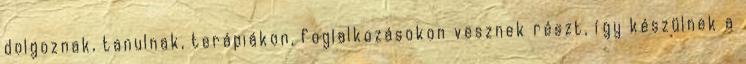
dolgoznak, tanulnak, terápiákon, foglalkozásokon vesznek részt, így készülnek a